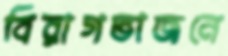
বিরাগভাজনে